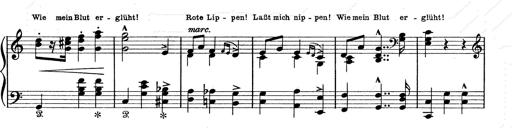
Title: 6 Polish Songs
Composer: Franz Liszt